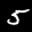
Label: 5